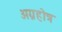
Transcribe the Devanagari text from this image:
अग्नहोत्र